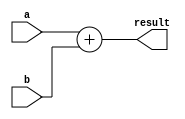
module Adder(a, b, result);
  input [31:0] a, b;
  output  [31:0] result;

  
   assign result = a + b;
 
endmodule

module Adder_testbench();
  reg [31:0] a, b;
  wire [31:0] result;

  Adder adder(a, b, result);

  initial begin
    a <= 4;
    b <= 1;
    #5 b = 4;
    #5 b = 8;
    #5 a = -4;
  end
endmodule